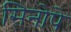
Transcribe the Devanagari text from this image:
सिनोपे